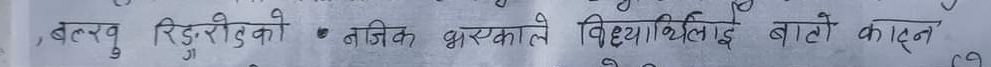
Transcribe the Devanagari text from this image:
, बतरबु रिड्गेरुको ● नजिक भयकाले विध्यर्थिलाई बाटो कटने